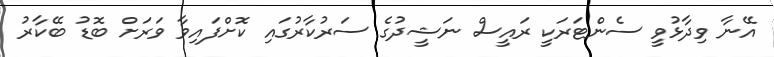
އޭނާ ވިދާޅުވީ ސެންޓަރަކީ ރައީސް ނަޝީދުގެ ސަރުކާރުގައި ކޮށްފައިވާ ވަރަށް ބޮޑު ބޭކާރު